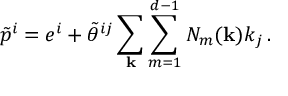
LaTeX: \tilde { p } ^ { i } = e ^ { i } + \tilde { \theta } ^ { i j } \sum _ { \bf k } \sum _ { m = 1 } ^ { d - 1 } N _ { m } ( { \bf k } ) k _ { j } \, .